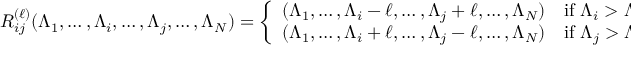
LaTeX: R _ { i j } ^ { ( \ell ) } ( \Lambda _ { 1 } , \dots , \Lambda _ { i } , \dots , \Lambda _ { j } , \dots , \Lambda _ { N } ) = \left\{ \begin{array} { l l } { { ( \Lambda _ { 1 } , \dots , \Lambda _ { i } - \ell , \dots , \Lambda _ { j } + \ell , \dots , \Lambda _ { N } ) } } & { { \mathrm { { i f } } \, \, \Lambda _ { i } > \Lambda _ { j } \, , } } \\ { { ( \Lambda _ { 1 } , \dots , \Lambda _ { i } + \ell , \dots , \Lambda _ { j } - \ell , \dots , \Lambda _ { N } ) } } & { { { \mathrm { i f } } \, \, \Lambda _ { j } > \Lambda _ { i } \, . } } \end{array} \right.